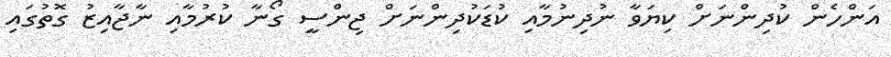
އަންހެން ކުދިންނަށް ކިޔަވާ ނުދިނުމާއި ކުޑަކުދިންނަށް ޖިންސީ ގޯނާ ކުރުމާއި ނާޖާއިޒު ގޮތުގައި